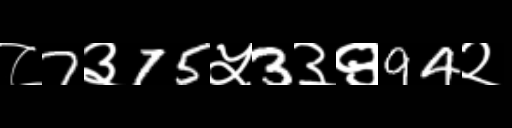
Text: ८7३75५3३९94२